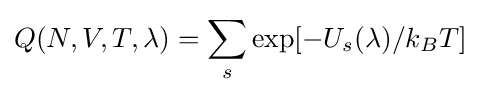
Q(N,V,T,\lambda )=\sum _{s}\exp[-U_{s}(\lambda )/k_{B}T]